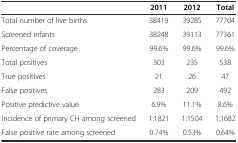
<table><thead><tr><td></td><td><b>2011</b></td><td><b>2012</b></td><td><b>Total</b></td></tr></thead><tbody><tr><td>Total number of live births</td><td>38419</td><td>39285</td><td>77704</td></tr><tr><td>Screened infants</td><td>38248</td><td>39113</td><td>77361</td></tr><tr><td>Percentage of coverage</td><td>99.6%</td><td>99.6%</td><td>99.6%</td></tr><tr><td>Total positives</td><td>303</td><td>235</td><td>538</td></tr><tr><td>True positives</td><td>21</td><td>26</td><td>47</td></tr><tr><td>False positives</td><td>283</td><td>209</td><td>492</td></tr><tr><td>Positive predictive value</td><td>6.9%</td><td>11.1%</td><td>8.6%</td></tr><tr><td>Incidence of primary CH among screened</td><td>1:1821</td><td>1:1504</td><td>1:1682</td></tr><tr><td>False positive rate among screened</td><td>0.74%</td><td>0.53%</td><td>0.64%</td></tr></tbody></table>